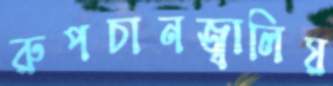
রুপচানজ্বালিয়